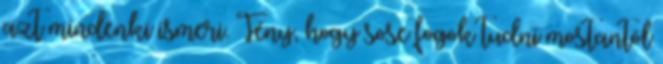
azt mindenki ismeri. Tény, hogy sose fogok tudni mostantól